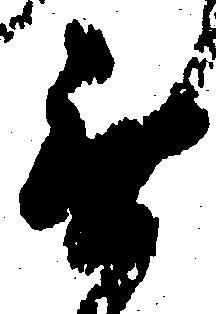
無